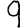
Digit: 9